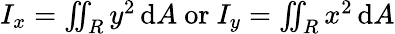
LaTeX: I_{x}=\textstyle\iint_{R}y^{2}\, \mathrm{d}A{\mathrm{~or~}}I_{y}=\textstyle\iint_{R}x^{2}\, \mathrm{d}A